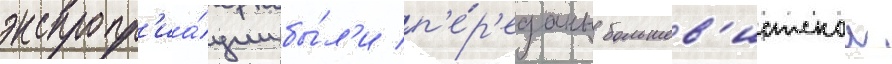
экспропр'иа́ции бы́л'и п'е́р'еданы большев'истскои